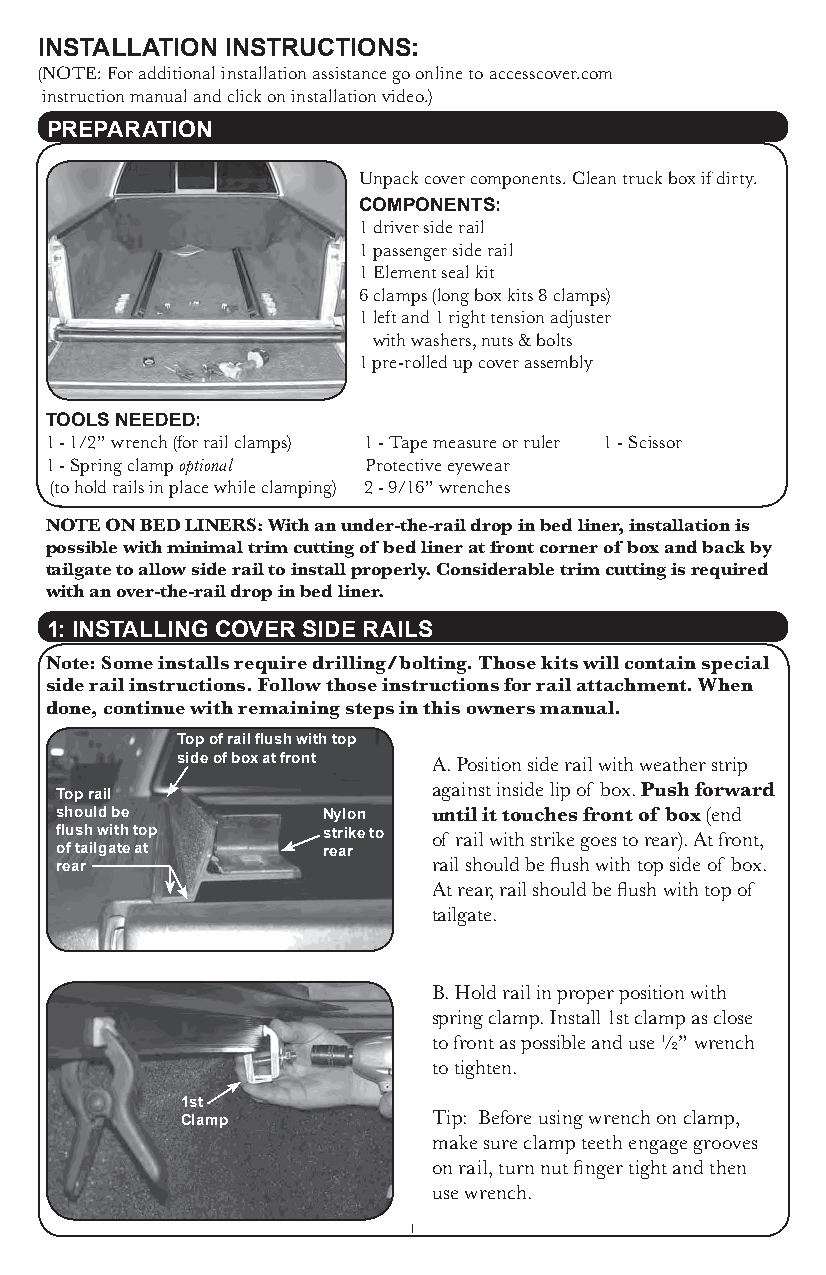
INSTALLATION INSTRUCTIONS:
 (NOTE: For additional installation assistance go online to accesscover.com
 instruction manual and click on installation video.)
 PREPARATION
 Unpack cover components. Clean truck box if dirty.
 COMPONENTS:
 1 driver side rail
 1 passenger side rail
 1 Element seal kit
 6 clamps (long box kits 8 clamps)
 1 left and 1 right tension adjuster
 with washers, nuts & bolts
 1 pre-rolled up cover assembly
 TOOLS NEEDED:
 1 - 1/2” wrench (for rail clamps) 1 - Tape measure or ruler 1 - Scissor
 1 - Spring clamp optional Protective eyewear
 (to hold rails in place while clamping) 2 - 9/16” wrenches
 NOTE ON BED LINERS: With an under-the-rail drop in bed liner, installation is
 possible with minimal trim cutting of bed liner at front corner of box and back by
 tailgate to allow side rail to install properly. Considerable trim cutting is required
 with an over-the-rail drop in bed liner.
 1: INSTALLING COVER SIDE RAILS
 Note: Some installs require drilling/bolting. Those kits will contain special
 side rail instructions. Follow those instructions for rail attachment. When
 done, continue with remaining steps in this owners manual.
 Top of rail flush with top
 side of box at front A. Position side rail with weather strip
 against inside lip of box. Push forward
 Top rail
 should be        Nylon   until it touches front of box (end
 flush with top   strike to of rail with strike goes to rear). At front,
 of tailgate at   rear
 rail should be flush with top side of box.
 rear
 At rear, rail should be flush with top of
 tailgate.
 B. Hold rail in proper position with
 spring clamp. Install 1st clamp as close
 to front as possible and use ½” wrench
 to tighten.
 1st
 Tip: Before using wrench on clamp,
 Clamp
 make sure clamp teeth engage grooves
 on rail, turn nut finger tight and then
 use wrench.
 1